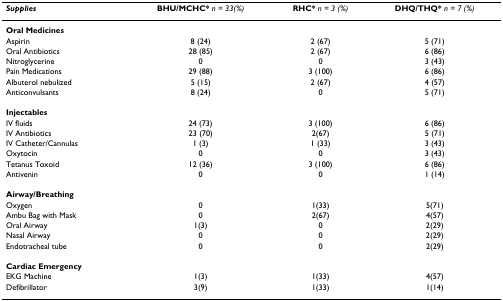
<table><thead><tr><td><b><i>Supplies</i></b></td><td><b>BHU/MCHC* <i>n = 33(%)</i></b></td><td><b>RHC* <i>n = 3 (%)</i></b></td><td><b>DHQ/THQ* <i>n = 7 (%)</i></b></td></tr></thead><tbody><tr><td><b>Oral Medicines</b></td><td></td><td></td><td></td></tr><tr><td>Aspirin</td><td>8 (24)</td><td>2 (67)</td><td>5 (71)</td></tr><tr><td>Oral Antibiotics</td><td>28 (85)</td><td>2 (67)</td><td>6 (86)</td></tr><tr><td>Nitroglycerine</td><td>0</td><td>0</td><td>3 (43)</td></tr><tr><td>Pain Medications</td><td>29 (88)</td><td>3 (100)</td><td>6 (86)</td></tr><tr><td>Albuterol nebulized</td><td>5 (15)</td><td>2 (67)</td><td>4 (57)</td></tr><tr><td>Anticonvulsants</td><td>8 (24)</td><td>0</td><td>5 (71)</td></tr><tr><td><b>Injectables</b></td><td></td><td></td><td></td></tr><tr><td>IV fluids</td><td>24 (73)</td><td>3 (100)</td><td>6 (86)</td></tr><tr><td>IV Antibiotics</td><td>23 (70)</td><td>2(67)</td><td>5 (71)</td></tr><tr><td>IV Catheter/Cannulas</td><td>1 (3)</td><td>1 (33)</td><td>3 (43)</td></tr><tr><td>Oxytocin</td><td>0</td><td>0</td><td>3 (43)</td></tr><tr><td>Tetanus Toxoid</td><td>12 (36)</td><td>3 (100)</td><td>6 (86)</td></tr><tr><td>Antivenin</td><td>0</td><td>0</td><td>1 (14)</td></tr><tr><td><b>Airway/Breathing</b></td><td></td><td></td><td></td></tr><tr><td>Oxygen</td><td>0</td><td>1(33)</td><td>5(71)</td></tr><tr><td>Ambu Bag with Mask</td><td>0</td><td>2(67)</td><td>4(57)</td></tr><tr><td>Oral Airway</td><td>1(3)</td><td>0</td><td>2(29)</td></tr><tr><td>Nasal Airway</td><td>0</td><td>0</td><td>2(29)</td></tr><tr><td>Endotracheal tube</td><td>0</td><td>0</td><td>2(29)</td></tr><tr><td><b>Cardiac Emergency</b></td><td></td><td></td><td></td></tr><tr><td>EKG Machine</td><td>1(3)</td><td>1(33)</td><td>4(57)</td></tr><tr><td>Defibrillator</td><td>3(9)</td><td>1(33)</td><td>1(14)</td></tr></tbody></table>